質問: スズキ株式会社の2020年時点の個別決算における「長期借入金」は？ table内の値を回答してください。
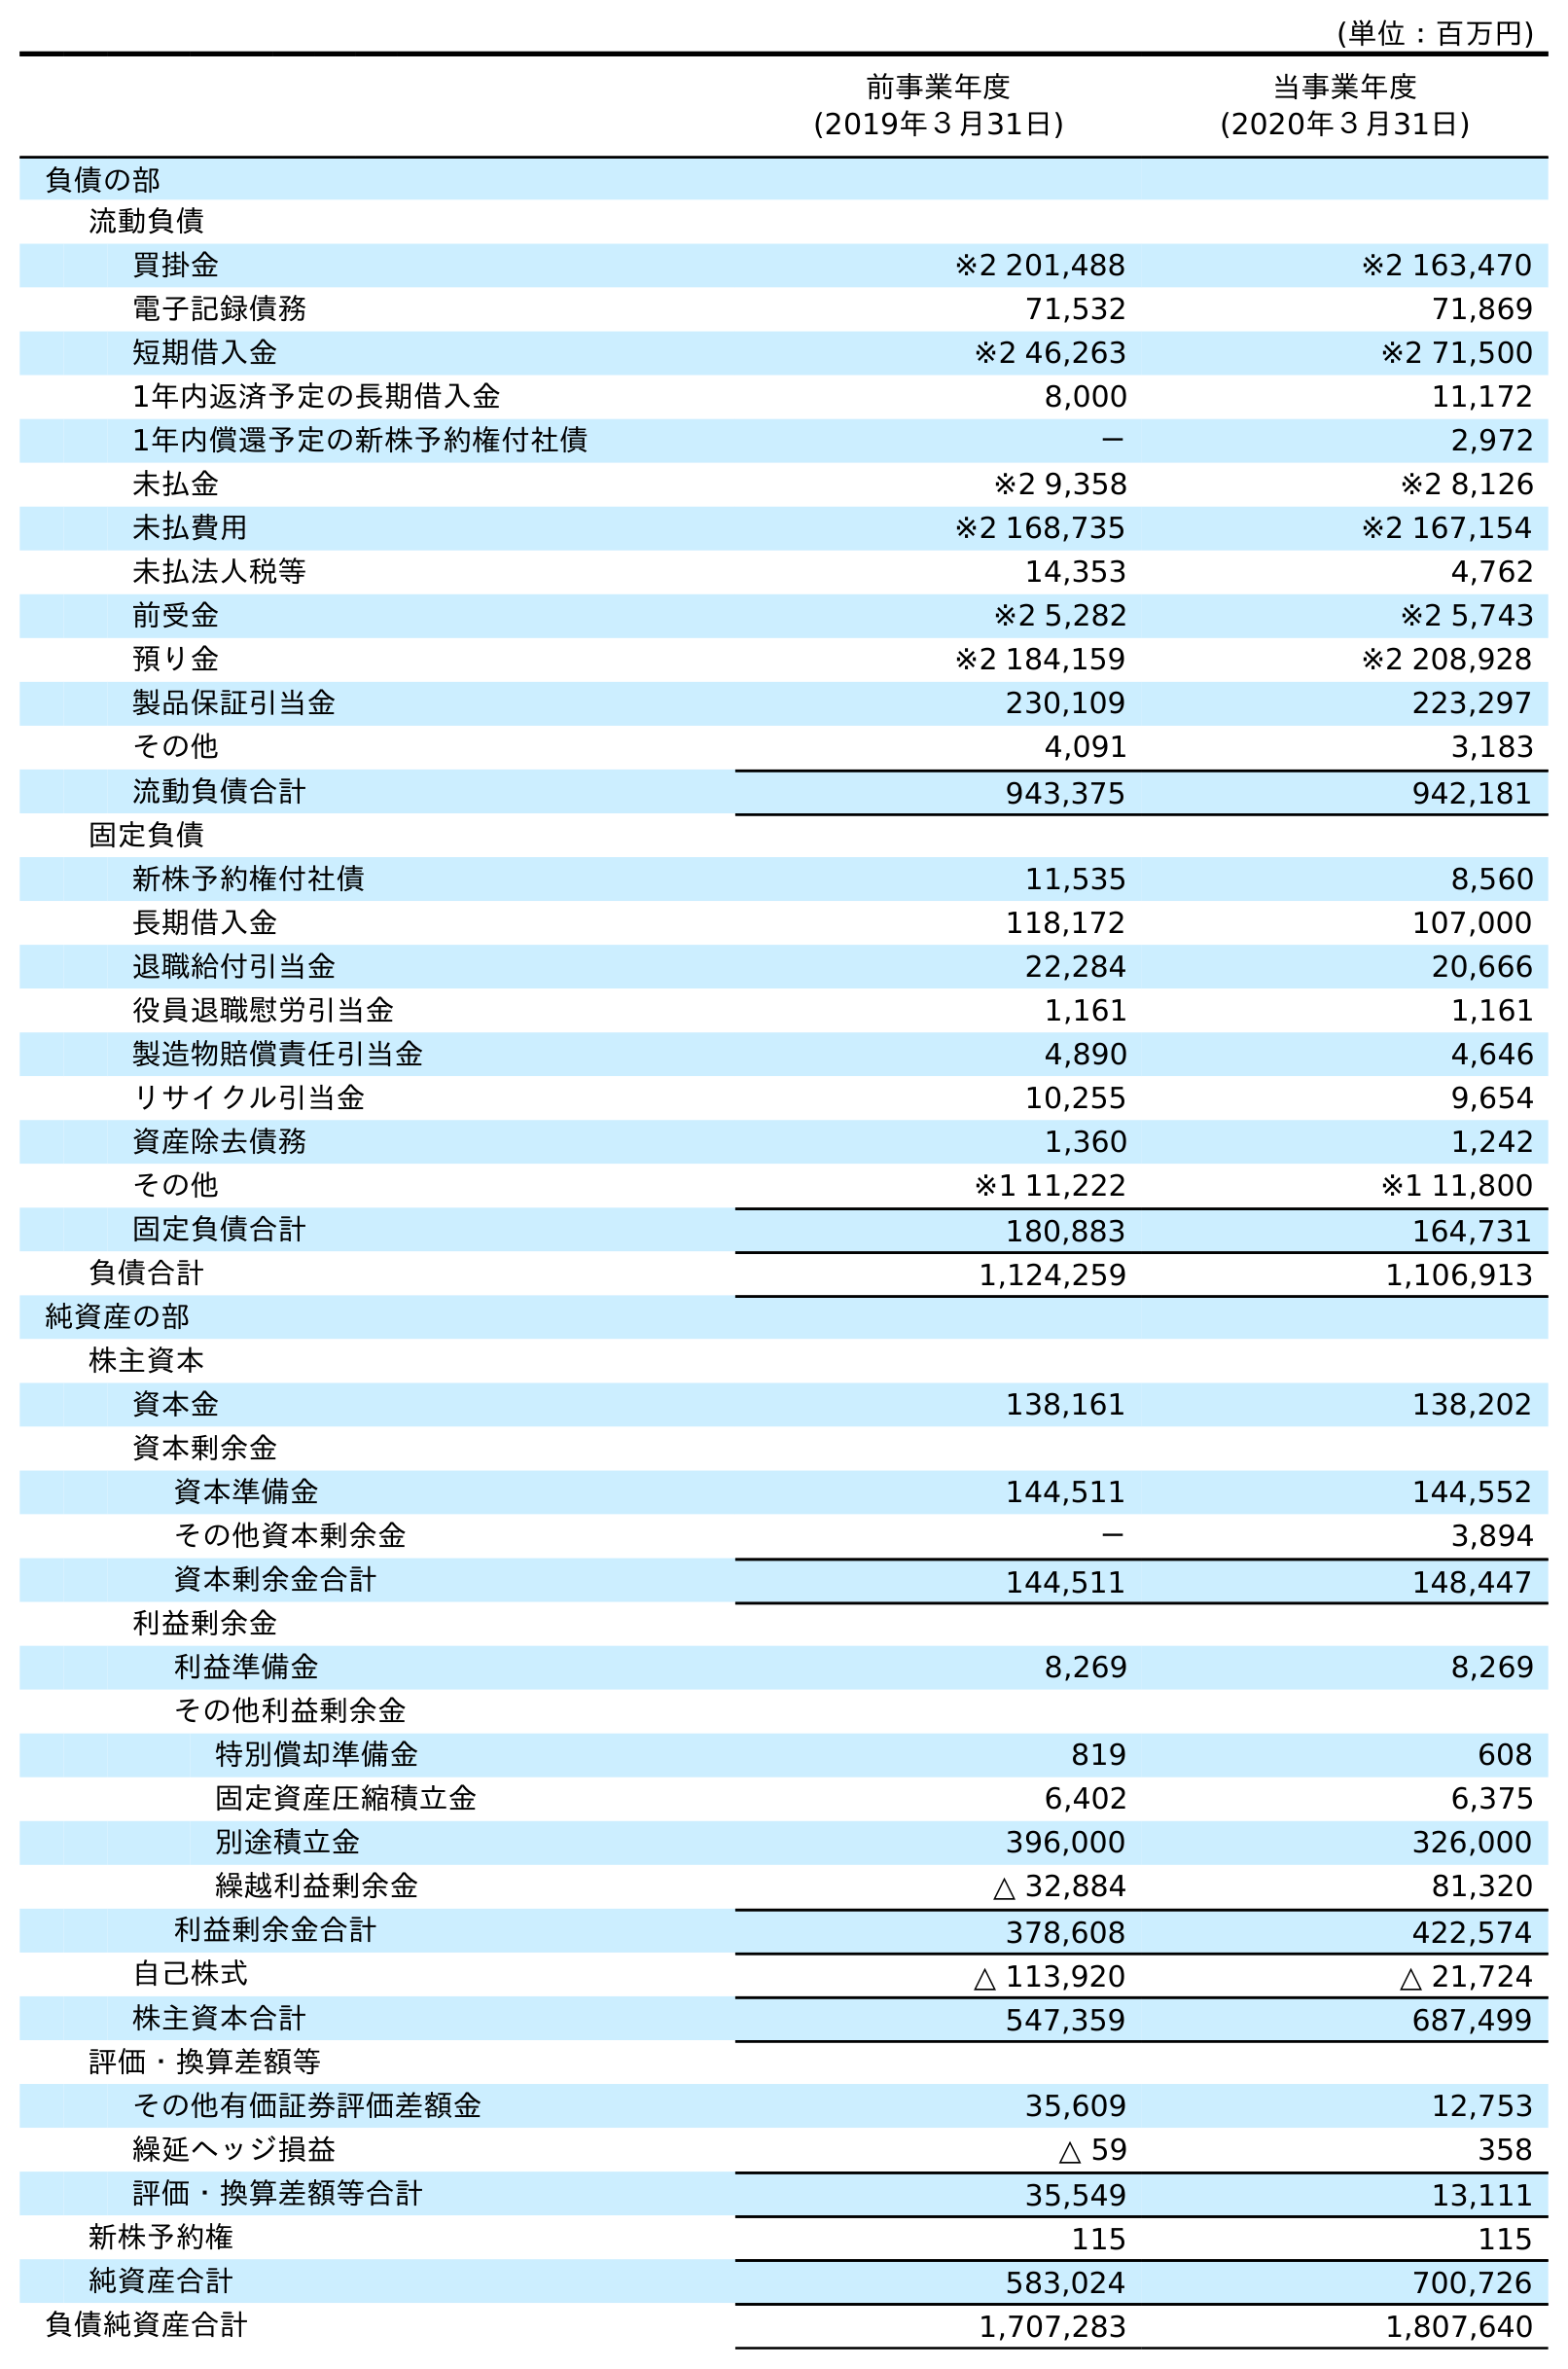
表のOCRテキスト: (単位：百万円) 前事業年度 (2019年３月31日) 当事業年度 (2020年３月31日) 負債の部 流動負債 買掛金 ※2 201,488 ※2 163,470 電子記録債務 71,532 71,869 短期借入金 ※2 46,263 ※2 71,500 1年内返済予定の長期借入金 8,000 11,172 1年内償還予定の新株予約権付社債 － 2,972 未払金 ※2 9,358 ※2 8,126 未払費用 ※2 168,735 ※2 167,154 未払法人税等 14,353 4,762 前受金 ※2 5,282 ※2 5,743 預り金 ※2 184,159 ※2 208,928 製品保証引当金 230,109 223,297 その他 4,091 3,183 流動負債合計 943,375 942,181 固定負債 新株予約権付社債 11,535 8,560 長期借入金 118,172 107,000 退職給付引当金 22,284 20,666 役員退職慰労引当金 1,161 1,161 製造物賠償責任引当金 4,890 4,646 リサイクル引当金 10,255 9,654 資産除去債務 1,360 1,242 その他 ※1 11,222 ※1 11,800 固定負債合計 180,883 164,731 負債合計 1,124,259 1,106,913 純資産の部 株主資本 資本金 138,161 138,202 資本剰余金 資本準備金 144,511 144,552 その他資本剰余金 － 3,894 資本剰余金合計 144,511 148,447 利益剰余金 利益準備金 8,269 8,269 その他利益剰余金 特別償却準備金 819 608 固定資産圧縮積立金 6,402 6,375 別途積立金 396,000 326,000 繰越利益剰余金 △ 32,884 81,320 利益剰余金合計 378,608 422,574 自己株式 △ 113,920 △ 21,724 株主資本合計 547,359 687,499 評価・換算差額等 その他有価証券評価差額金 35,609 12,753 繰延ヘッジ損益 △ 59 358 評価・換算差額等合計 35,549 13,111 新株予約権 115 115 純資産合計 583,024 700,726 負債純資産合計 1,707,283 1,807,640
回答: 107,000